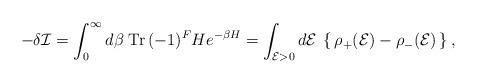
LaTeX: \begin{align*}-\delta{\cal I}=\int_0^\infty d\beta \;{\rm Tr}\,(-1)^FH e^{-\beta H}=\int_{{\cal E}>0} d{\cal E}\:\left\{\,\rho_+({\cal E})-\rho_-({\cal E})\,\right\}, \end{align*}